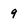
Character: 9